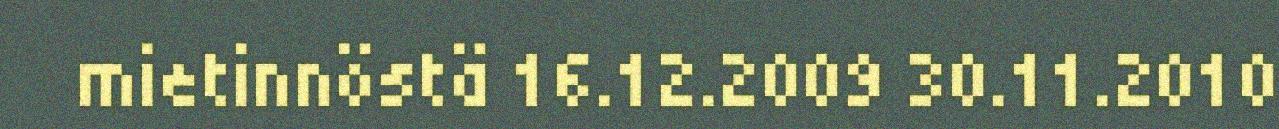
mietinnöstä 16.12.2009 30.11.2010